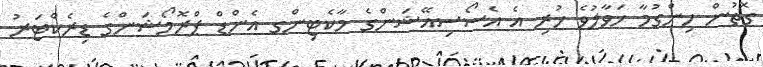
ގޮތުން ހިންގުމާ ހަވާލުވެ ހުރި އެ އެސޯސިއޭޝަންގެ މާކެޓިންގ އެންޑް ޕްރޮމޯޝަންގެ ޑިރެކްޓަރު